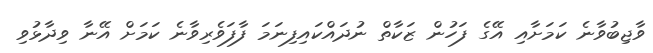
ވާޖިބުވާނެ ކަމަށާއި އޭގެ ފަހުން ޒަކާތް ނުދައްކައިފިނަމަ ފާފަވެރިވާނެ ކަމަށް އޭނާ ވިދާޅުވި